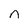
Character: r